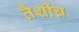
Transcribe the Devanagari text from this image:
तैशींच